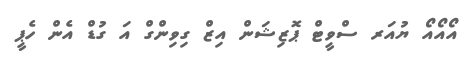
އޯއޯއޯ ޔުއަރ ސްވީޓް ޕޮޒިޝަން އިޒް ގިވިންގް އަ ގުޑް އެން ހެޕީ